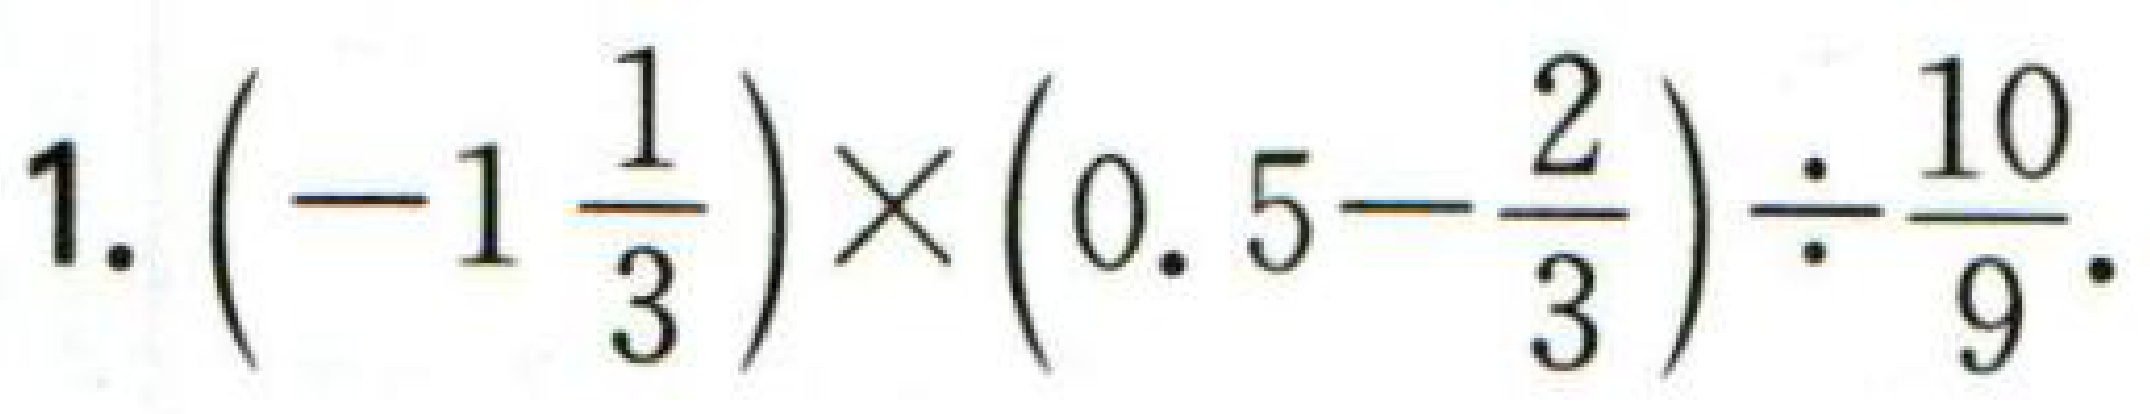
1.\(\left(-1\dfrac{1}{3}\right)\times\left(0.5 - \dfrac{2}{3}\right)\div\dfrac{10}{9}\).